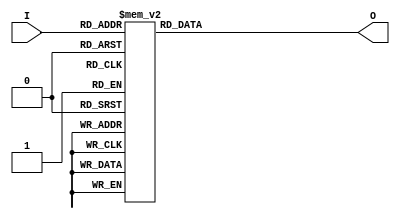
module voter_if (I, O);
input [3:0] I; // I 4 men
output [3:1] O; // O Result
reg [3:1] O;  // O3bit

always @(I) begin
    case (I)    // I
     4'b0000 : O = 3'b100;  //I = 0000  O = 100()
     4'b0001 : O = 3'b100;  //I = 0001  O = 100()
     4'b0010 : O = 3'b100;  //I = 0010  O = 100()
     4'b0011 : O = 3'b010;  //I = 0011  O = 010()
     4'b0100 : O = 3'b100;  //.......
     4'b0101 : O = 3'b010;
     4'b0110 : O = 3'b010;
     4'b0111 : O = 3'b001;
     4'b1000 : O = 3'b100;
     4'b1001 : O = 3'b010;
     4'b1010 : O = 3'b010;
     4'b1011 : O = 3'b001;
     4'b1100 : O = 3'b010;
     4'b1101 : O = 3'b001;
     4'b1110 : O = 3'b001;
     4'b1111 : O = 3'b001;
     default : O = 3'b000;   // O = 000
    endcase

end

endmodule